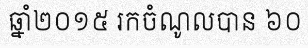
ឆ្នាំ២០១៥ រកចំណូលបាន ៦០